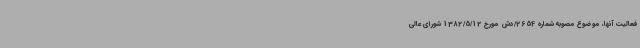
فعالیت آنها، موضوع مصوبه شماره 2654/دش مورخ 1382/5/12 شورای عالی